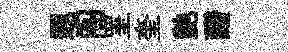
遐阁罣奎艶醱